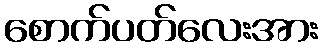
စောက်ပတ်လေးအား